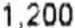
1,200